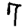
Digit: 7